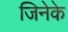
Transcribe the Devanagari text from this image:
जिनेके